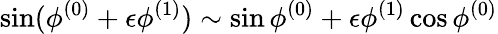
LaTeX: \sin(\phi^{(0)}+\epsilon\phi^{(1)})\sim\sin\phi^{(0)}+\epsilon\phi^{(1)}\cos\phi^{(0)}